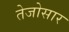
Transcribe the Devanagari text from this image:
तेजोसार